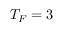
T _ { F } = 3